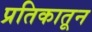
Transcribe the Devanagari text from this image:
प्रतिकातून